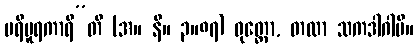
ပရိပူရကာရီ”တိ (အ။ နိ။ ၃။၈၇) ဝုတ္တော, တထာ သကဒါဂါမီ။